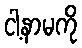
ငါ့နာမကို